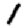
Digit: 1